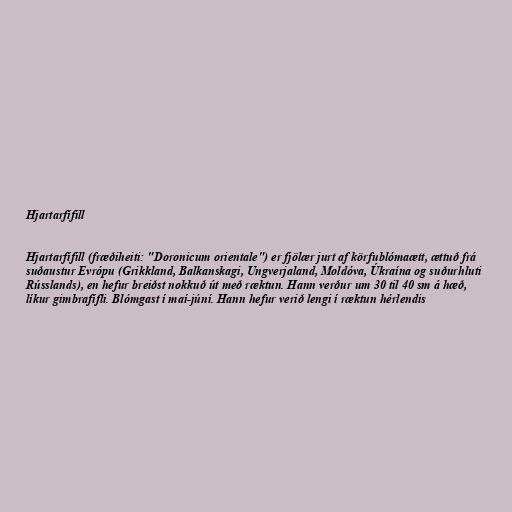
Hjartarfífill

Hjartarfífill (fræðiheiti: "Doronicum orientale") er fjölær jurt af körfublómaætt, ættuð frá
suðaustur Evrópu (Grikkland, Balkanskagi, Ungverjaland, Moldóva, Úkraína og suðurhluti
Rússlands), en hefur breiðst nokkuð út með ræktun. Hann verður um 30 til 40 sm á hæð,
líkur gimbrafífli. Blómgast í maí-júní. Hann hefur verið lengi í ræktun hérlendis